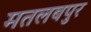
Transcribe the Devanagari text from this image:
मतलबपुर